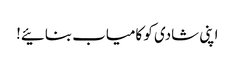
اپنی شادی کو کامیاب بنائیے!